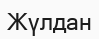
Жүлдан